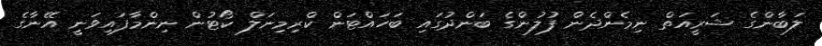
ލަބާންގެ ޝަރީއަތް ނިމެންދެން ފުލުންގެ ބަންދުގައި ބަހައްޓަން ކްރިމިނަލް ކޯޓުން ނިންމާފައިވަނީ އޭނާގެ